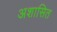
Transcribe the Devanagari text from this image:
अशासित